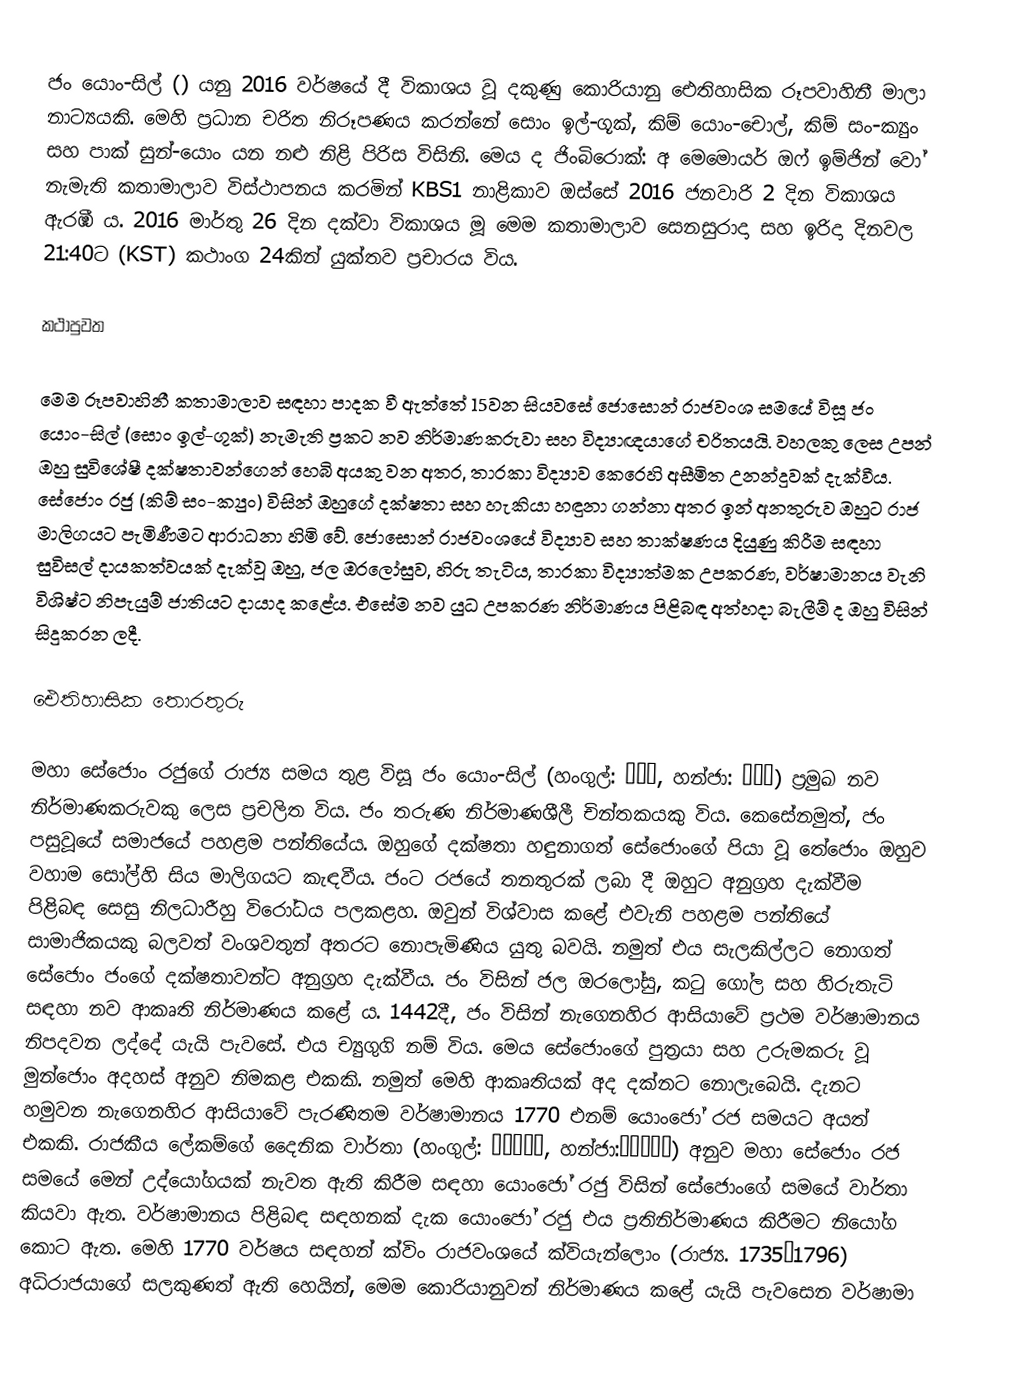
ජං යොං-සිල් () යනු 2016 වර්ෂයේ දී විකාශය වූ දකුණු කොරියානු ඓතිහාසික රූපවාහිනී මාලා නාට්‍යයකි. මෙහි ප්‍රධාන චරිත නිරූපණය කරන්නේ සොං ඉල්-ගූක්, කිම් යොං-චොල්, කිම් සං-ක්‍යුං සහ පාක් සුන්-යොං යන නළු නිළි පිරිස විසිනි. මෙය ද ජිංබිරොක්: අ මෙමොයර් ඔෆ් ඉම්ජින් වෝ නැමැති කතාමාලාව විස්ථාපනය කරමින් KBS1 නාළිකාව ඔස්සේ 2016 ජනවාරි 2 දින විකාශය ඇරඹී ය. 2016 මාර්තු 26 දින දක්වා විකාශය මූ මෙම කතාමාලාව සෙනසුරාදා සහ ඉරිදා දිනවල 21:40ට (KST) කථාංග 24කින් යුක්තව ප්‍රචාරය විය.

කථාපුවත

මෙම රූපවාහිනී කතාමාලාව සඳහා පාදක වී ඇත්තේ 15වන සියවසේ ජොසොන් රාජවංශ සමයේ විසූ ජං යොං-සිල් (සොං ඉල්-ගූක්) නැමැති ප්‍රකට නව නිර්මාණකරුවා සහ විද්‍යාඥයාගේ චරිතයයි. වහලකු ලෙස උපන් ඔහු සුවිශේෂී දක්ෂතාවන්ගෙන් හෙබි අයකු වන අතර, තාරකා විද්‍යාව කෙරෙහි අසීමිත උනන්දුවක් දැක්වීය. සේජොං රජු (කිම් සං-ක්‍යුං) විසින් ඔහුගේ දක්ෂතා සහ හැකියා හඳුනා ගන්නා අතර ඉන් අනතුරුව ඔහුට රාජ මාලිගයට පැමිණීමට ආරාධනා හිමි වේ. ජොසොන් රාජවංශයේ විද්‍යාව සහ තාක්ෂණය දියුණු කිරීම සඳහා සුවිසල් දායකත්වයක් දැක්වූ ඔහු, ජල ඔරලෝසුව, හිරු තැටිය, තාරකා විද්‍යාත්මක උපකරණ, වර්ෂාමානය වැනි විශිෂ්ට නිපැයුම් ජාතියට දායාද කළේය. එසේම නව යුධ උපකරණ නිර්මාණය පිළිබඳ අත්හදා බැලීම් ද ඔහු විසින් සිදුකරන ලදී.

ඓතිහාසික තොරතුරු

මහා සේජොං රජුගේ රාජ්‍ය සමය තුළ විසූ ජං යොං-සිල් (හංගුල්: 장영실, හන්ජා: 蔣英實) ප්‍රමුඛ නව නිර්මාණකරුවකු ලෙස ප්‍රචලිත විය. ජං තරුණ නිර්මාණශීලී චින්තකයකු විය. කෙසේනමුත්, ජං පසුවූයේ සමාජයේ පහළම පන්තියේය. ඔහුගේ දක්ෂතා හඳුනාගත් සේජොංගේ පියා වූ තේජොං ඔහුව වහාම සෝල්හි සිය මාලිගයට කැඳවීය. ජංට රජයේ තනතුරක් ලබා දී ඔහුට අනුග්‍රහ දැක්වීම පිළිබඳ සෙසු නිලධාරීහු විරෝධය පලකළහ. ඔවුන් විශ්වාස කළේ එවැනි පහළම පන්තියේ සාමාජිකයකු බලවත් වංශවතුන් අතරට නොපැමිණිය යුතු බවයි. නමුත් එය සැලකිල්ලට නොගත් සේජොං ජංගේ දක්ෂතාවන්ට අනුග්‍රහ දැක්වීය. ජං විසින් ජල ඔරලෝසු, කටු ගෝල සහ හිරුතැටි සඳහා නව ආකෘති නිර්මාණය කළේ ය. 1442දී, ජං විසින් නැගෙනහිර ආසියාවේ ප්‍රථම වර්ෂාමානය නිපදවන ලද්දේ යැයි පැවසේ. එය ච්‍යුගුගි නම් විය. මෙය සේජොංගේ පුත්‍රයා සහ උරුමකරු වූ මුන්ජොං අදහස් අනුව නිමකළ එකකි. නමුත් මෙහි ආකෘතියක් අද දක්නට නොලැබෙයි. දැනට හමුවන නැගෙනහිර ආසියාවේ පැරණිතම වර්ෂාමානය 1770 එනම් යොංජෝ රජ සමයට අයත් එකකි. රාජකීය ලේකම්ගේ දෛනික වාර්තා (හංගුල්: 승정원일기, හන්ජා:承政院日記) අනුව මහා සේජොං රජ සමයේ මෙන් උද්යෝගයක් නැවත ඇති කිරීම සඳහා යොංජෝ රජු විසින් සේජොංගේ සමයේ වාර්තා කියවා ඇත. වර්ෂාමානය පිළිබඳ සඳහනක් දැක යොංජෝ රජු එය ප්‍රතිනිර්මාණය කිරීමට නියෝග කොට ඇත. මෙහි 1770 වර්ෂය සඳහන් ක්විං රාජවංශයේ ක්වියැන්ලොං (රාජ්‍ය. 1735–1796) අධිරාජයාගේ සලකුණත් ඇති හෙයින්, මෙම කොරියානුවන් නිර්මාණය කළේ යැයි පැවසෙන වර්ෂාමා